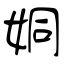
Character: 姛